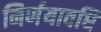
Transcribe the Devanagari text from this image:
निर्णयावधि